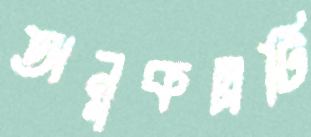
অনুকল্পটি